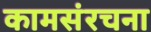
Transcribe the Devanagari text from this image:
कामसंरचना